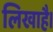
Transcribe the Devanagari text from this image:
लिखाहै।